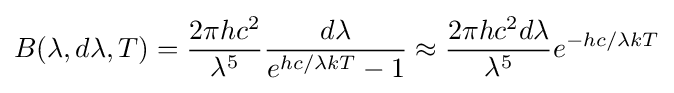
B(\lambda ,d\lambda ,T)={\frac {2\pi hc^{2}}{\lambda ^{5}}}{\frac {d\lambda }{e^{hc/\lambda kT}-1}}\approx {\frac {2\pi hc^{2}d\lambda }{\lambda ^{5}}}e^{-hc/\lambda kT}